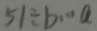
5 1 \div b \cdots a